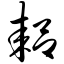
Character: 耜